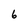
Character: 6